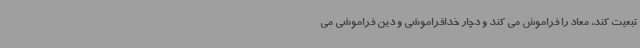
تبعیت کند، معاد را فراموش می کند و دچار خدافراموشی و دین فراموشی می